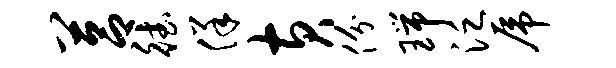
莒德佯黄份瑞泛虎